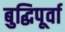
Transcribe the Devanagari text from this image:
बुद्धिपूर्वा